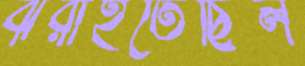
ঝরাইতেছিল